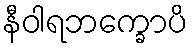
နီဝါရဘက္ခောပိ